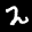
Label: 2